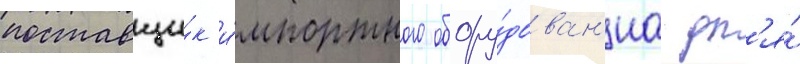
поставщи́к и́мпортного обору́дован'иа дл'я́